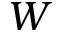
W